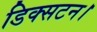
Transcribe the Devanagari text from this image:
डिक्सटन।